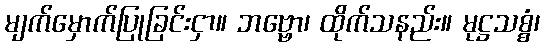
မျက်မှောက်ပြုခြင်းငှာ။ ဘဗ္ဗော၊ ထိုက်သနည်း။ မုဋ္ဌသစ္စံ၊